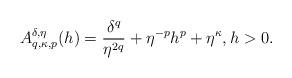
LaTeX: \begin{align*}A_{q,\kappa ,p}^{\delta ,\eta }(h)=\frac{\delta ^{q}}{\eta ^{2q}}+\eta^{-p}h^{p}+\eta ^{\kappa },h>0.\end{align*}